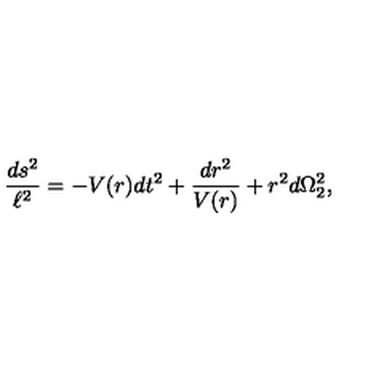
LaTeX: { \frac { d s ^ { 2 } } { \ell ^ { 2 } } } = - V ( r ) d t ^ { 2 } + { \frac { d r ^ { 2 } } { V ( r ) } } + r ^ { 2 } d \Omega _ { 2 } ^ { 2 } ,